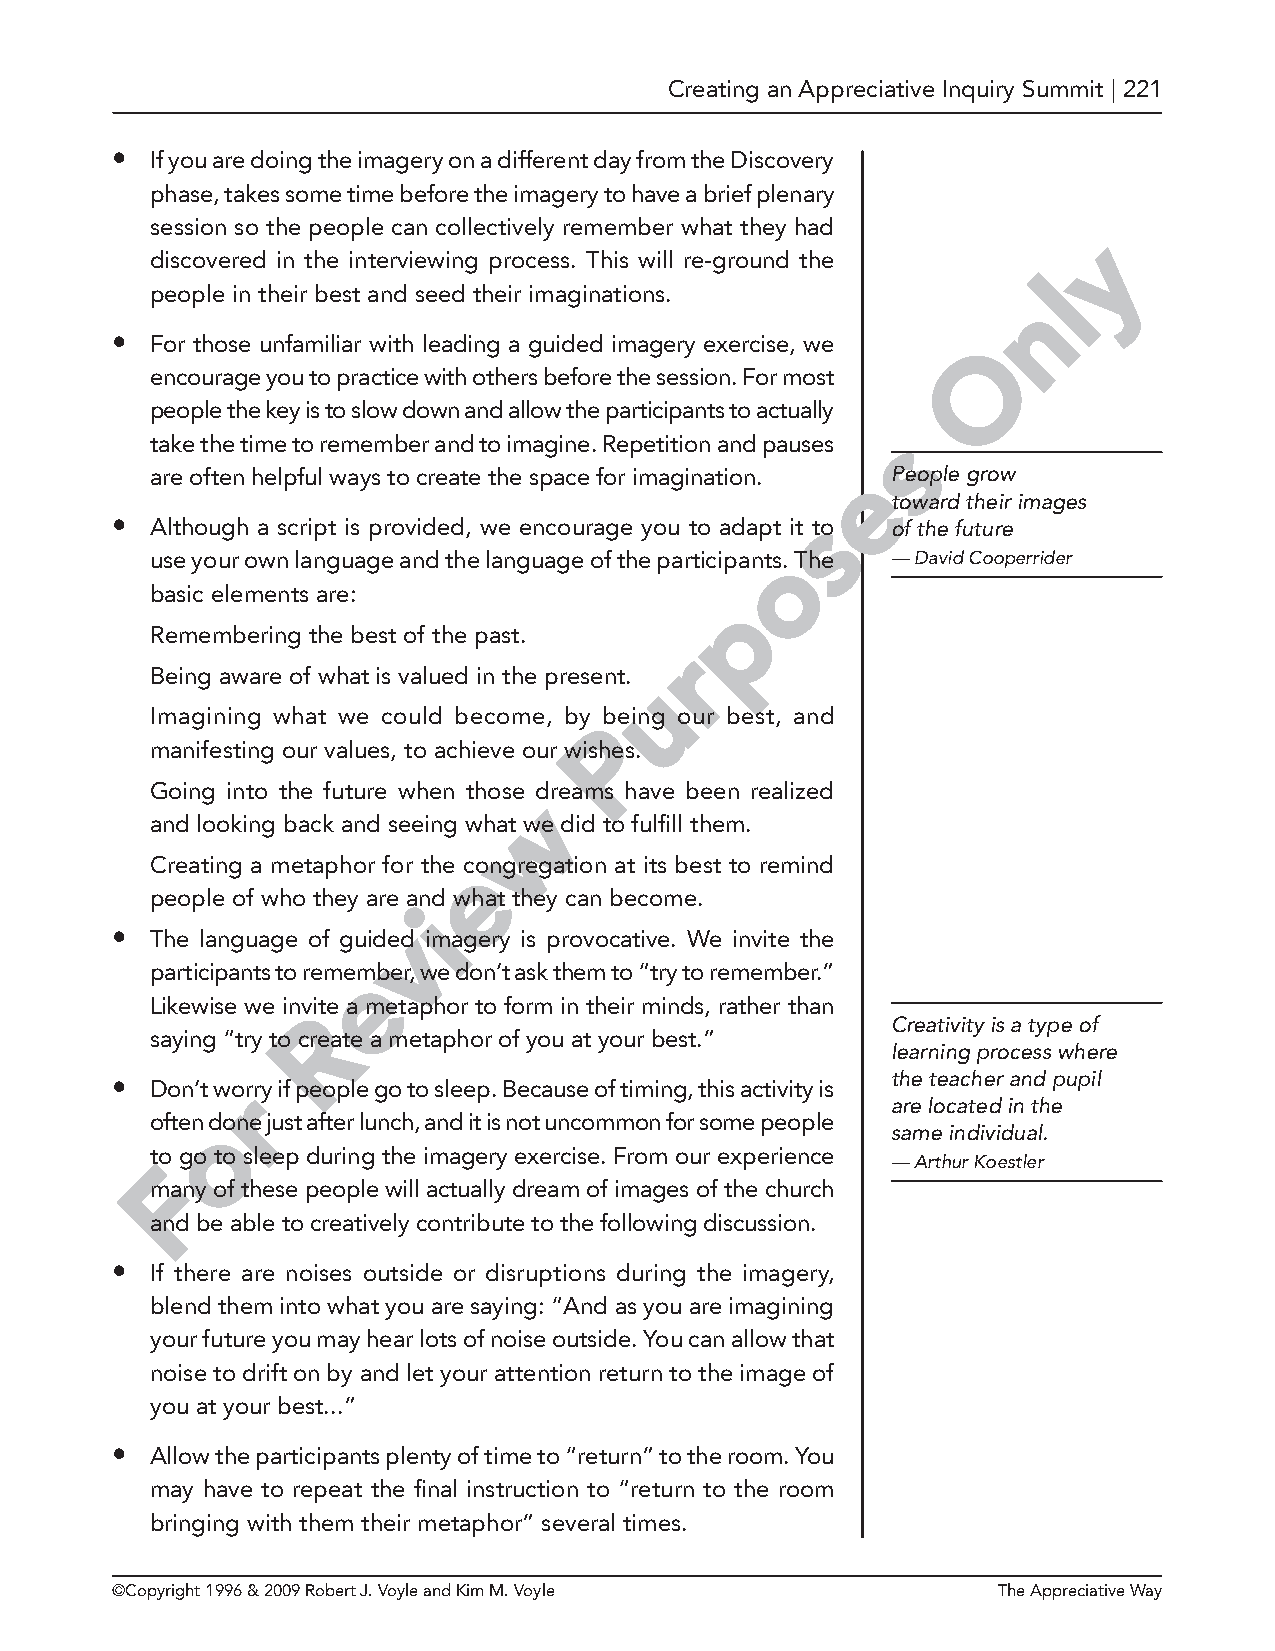
Creating an Appreciative Inquiry Summit | 221
 •  If you are doing the imagery on a different day from the Discovery
 phase, takes some time before the imagery to have a brief plenary
 session so the people can collectively remember what they had
 y
 discovered in the interviewing process. This will re-ground the
 l
 people in their best and seed their imaginations.
 n
 •  For those unfamiliar with leading a guided imagery exercise, we O
 encourage you to practice with others before the session. For most
 people the key is to slow down and allow the participants to actually
 s
 take the time to remember and to imagine. Repetition and pauses
 are often helpful ways to create the space for imagination. ePeople grow
 toward their images
 •  Although a script is provided, we encourage you to adapt it s to of the future
 o
 use your own language and the language of the participants. The — David Cooperrider
 basic elements are:
 p
 Remembering the best of the past.
 r
 Being aware of what is valued in the present.
 u
 Imagining what we could become, by being our best, and
 P
 manifesting our values, to achieve our wishes.
 Going into the future when those dreams have been realized
 w
 and looking back and seeing what we did to fulfill them.
 Creating a metaphor for the econgregation at its best to remind
 people of who they are and what they can become.
 i
 •  The language of guidev d imagery is provocative. We invite the
 participants to remeember, we don’t ask them to “try to remember.”
 Likewise we invite a metaphor to form in their minds, rather than
 R
 Creativity is a type of
 saying “try to create a metaphor of you at your best.”
 learning process where
 •  Don’t worrry if people go to sleep. Because of timing, this activity is the teacher and pupil
 are located in the
 ofteno done just after lunch, and it is not uncommon for some people
 same individual.
 to go to sleep during the imagery exercise. From our experience
 F                                                — Arthur Koestler
 many of these people will actually dream of images of the church
 and be able to creatively contribute to the following discussion.
 •  If there are noises outside or disruptions during the imagery,
 blend them into what you are saying: “And as you are imagining
 your future you may hear lots of noise outside. You can allow that
 noise to drift on by and let your attention return to the image of
 you at your best...”
 •  Allow the participants plenty of time to “return” to the room. You
 may have to repeat the final instruction to “return to the room
 bringing with them their metaphor” several times.
 ©Copyright 1996 & 2009 Robert J. Voyle and Kim M. Voyle    The Appreciative Way